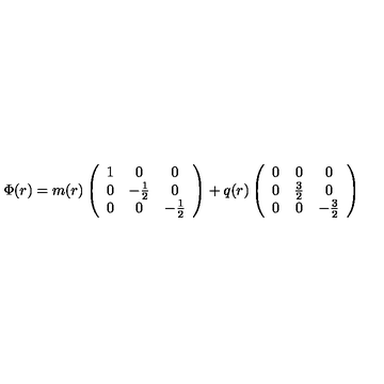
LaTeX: \Phi ( r ) = m ( r ) \left( \begin{array} { c c c } { 1 } & { 0 } & { 0 } \\ { 0 } & { - \frac { 1 } { 2 } } & { 0 } \\ { 0 } & { 0 } & { - \frac { 1 } { 2 } } \\ \end{array} \right) + q ( r ) \left( \begin{array} { c c c } { 0 } & { 0 } & { 0 } \\ { 0 } & { \frac { 3 } { 2 } } & { 0 } \\ { 0 } & { 0 } & { - \frac { 3 } { 2 } } \\ \end{array} \right)